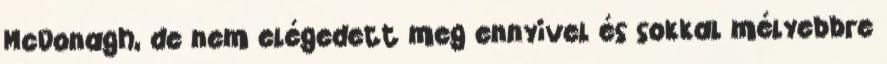
McDonagh, de nem elégedett meg ennyivel és sokkal mélyebbre